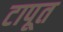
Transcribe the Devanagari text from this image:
टापूत